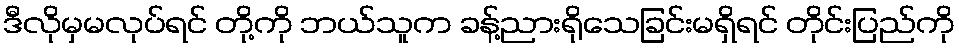
ဒီလိုမှမလုပ်ရင် တို့ကို ဘယ်သူက ခန့်ညားရိုသေခြင်းမရှိရင် တိုင်းပြည်ကို